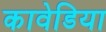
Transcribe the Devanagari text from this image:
कावेडिया